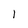
Character: l